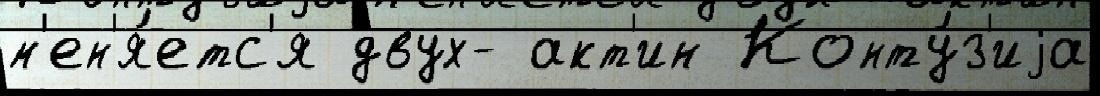
м'ен'я́етс'я двух- акт'ин Конту́з'иjа